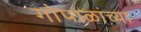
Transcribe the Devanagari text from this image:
गोपाळांच्या